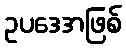
ဥပဒေအဖြစ်